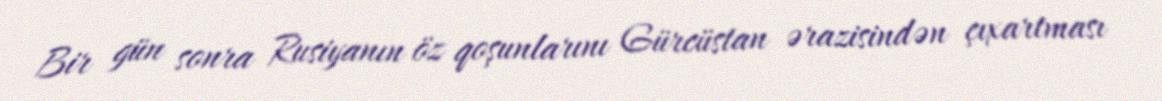
Bir gün sonra Rusiyanın öz qoşunlarını Gürcüstan ərazisindən çıxartması